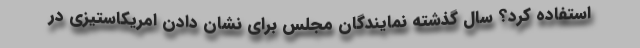
استفاده کرد؟ سال گذشته نمایندگان مجلس برای نشان دادن امریکاستیزی در